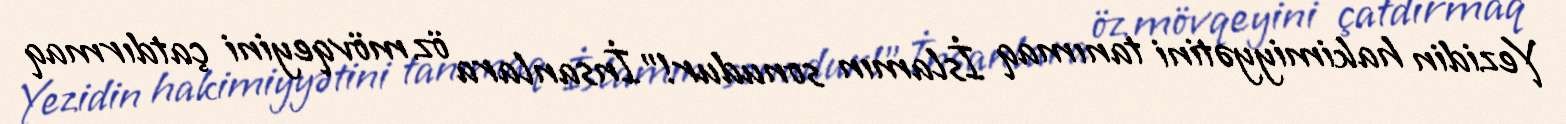
Yezidin hakimiyyətini tanımaq İslamın sonudur!”İnsanlara öz mövqeyini çatdırmaq